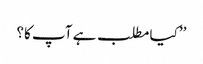
’’کیا مطلب ہے آپ کا؟